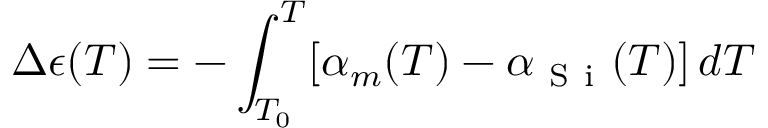
\Delta \epsilon ( T ) = - \int _ { T _ { 0 } } ^ { T } [ \alpha _ { m } ( T ) - \alpha _ { \mathrm { ~ S ~ i ~ } } ( T ) ] \, d T